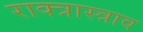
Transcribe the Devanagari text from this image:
राक्त्रास्त्राव